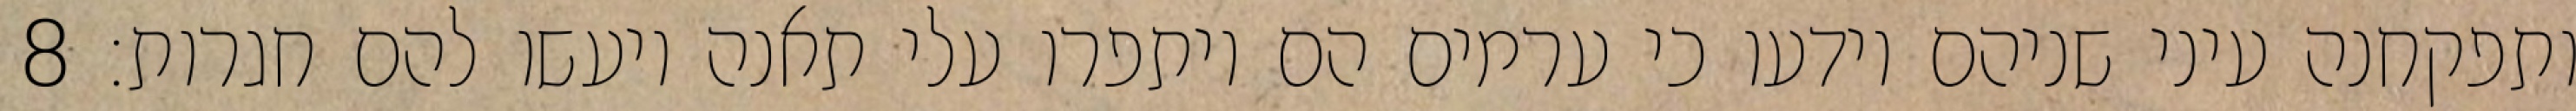
ותפקחנה עיני שניהם וידעו כי ערמים הם ויתפרו עלי תאנה ויעשו להם חגרות׃ ‎8‏